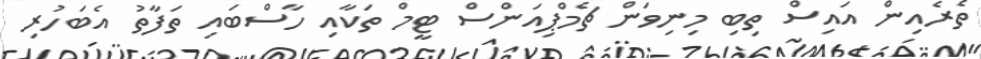
ތެރެއިން އައިސް ތިބި މިނިވަން ޗެމްޕިއަންސް ޓީމް ތަކާއި ހާސްބައި ތަފާތު އެބަހުރި